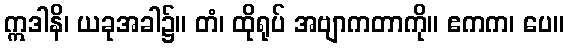
ဣဒါနိ၊ ယခုအခါ၌။ တံ၊ ထိုရုပ် အဗျာကတာကို။ ဧကက၊ ပေ။